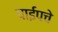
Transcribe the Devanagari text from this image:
पाईपचे